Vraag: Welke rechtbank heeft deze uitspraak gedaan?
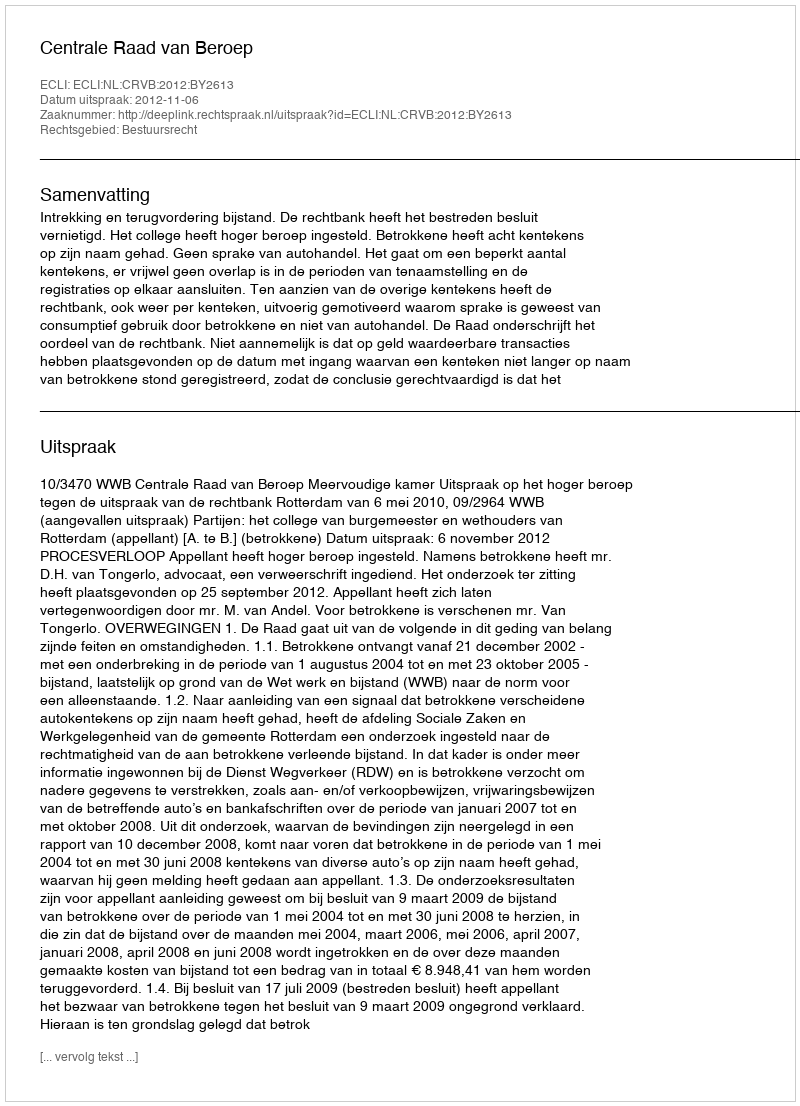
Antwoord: Centrale Raad van Beroep